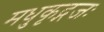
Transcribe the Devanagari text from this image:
मधुकृद्गजः